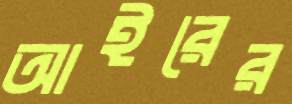
আইরের